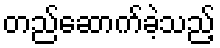
တည်ဆောက်ခဲ့သည့်